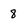
Character: 8